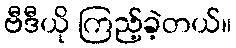
ဗီဒီယို ကြည့်ခဲ့တယ်။